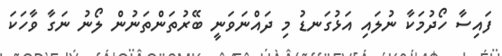
ފައިސާ ހޯދުމަކާ ނުލައި އަޅުގަނޑު މި ދައްނަވަނީ ބޭރުތަންތަނުން ލޯނު ނަގާ ވާހަކަ